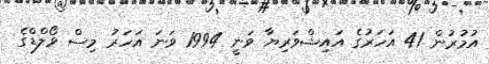
އުމުރުން 41 އަހަރުގެ އަައިޝްވަރިޔާ ވަނީ 1994 ވަނަ އަހަރު މިސް ވޯލްޑްގެ